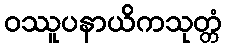
ဝဿူပနာယိကသုတ္တံ